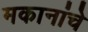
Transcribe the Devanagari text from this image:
मकानांचे